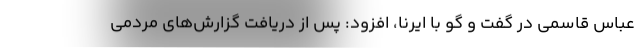
عباس قاسمی در گفت و گو با ایرنا، افزود: پس از دریافت گزارش‌های مردمی